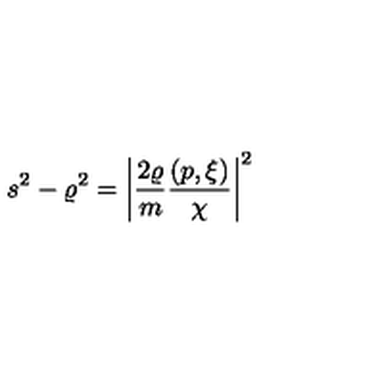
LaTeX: s ^ { 2 } - \varrho ^ { 2 } = \left| \frac { 2 \varrho } { m } \frac { ( p , \xi ) } { \chi } \right| ^ { 2 }